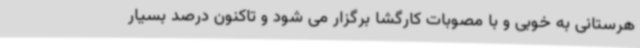
هرستانی به خوبی و با مصوبات کارگشا برگزار می ‌شود و تاکنون درصد بسیار